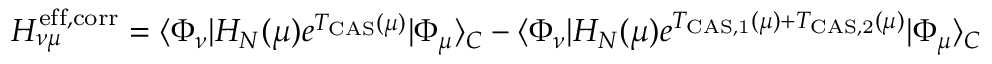
H _ { \nu \mu } ^ { \mathrm { e f f , c o r r } } = \langle \Phi _ { \nu } | H _ { N } ( \mu ) e ^ { T _ { \mathrm { C A S } } ( \mu ) } | \Phi _ { \mu } \rangle _ { C } - \langle \Phi _ { \nu } | H _ { N } ( \mu ) e ^ { T _ { \mathrm { C A S , 1 } } ( \mu ) + T _ { \mathrm { C A S , 2 } } ( \mu ) } | \Phi _ { \mu } \rangle _ { C }